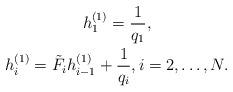
LaTeX: \begin{gather*} h_{1}^{( 1 )} = \frac{1}{q_{1}}, \\ h_{i}^{( 1 )} = \tilde{F}_{i} h_{i - 1}^{( 1 )} + \frac{1}{q_{i}}, i = 2, \dots , N. \end{gather*}